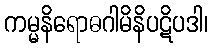
ကမ္မနိရောဓဂါမိနိပဋိပဒါ၊